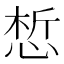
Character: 惁